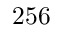
2 5 6